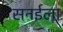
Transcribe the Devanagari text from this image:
सनईला